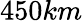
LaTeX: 450km